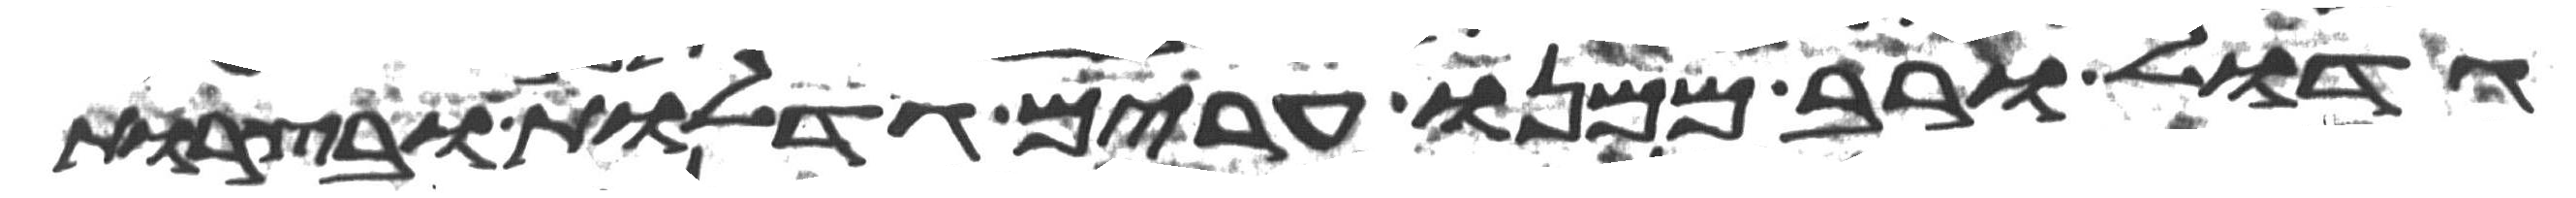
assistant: גדול ורב ממנו ערים גדלות ובצרות